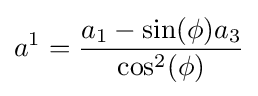
a^{1}={\frac {a_{1}-\sin(\phi )a_{3}}{\cos ^{2}(\phi )}}